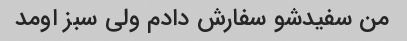
من سفیدشو سفارش دادم ولی سبز اومد